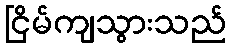
ငြိမ်ကျသွားသည်